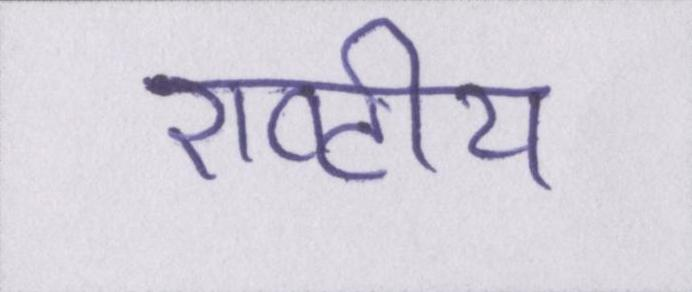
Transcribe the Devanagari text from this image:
राष्टीय